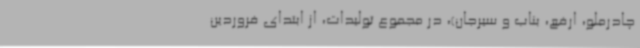
چادرملو، ارفع، بناب و سیرجان)، در مجموع تولیدات، از ابتدای فروردین